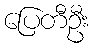
ပြေတီဦး